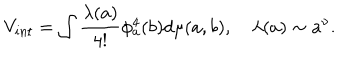
LaTeX: V _ { i n t } = \int \frac { \lambda ( a ) } { 4 ! } \phi _ { a } ^ { 4 } ( b ) d \mu ( a , b ) , \quad \lambda ( a ) \sim a ^ { \nu } .